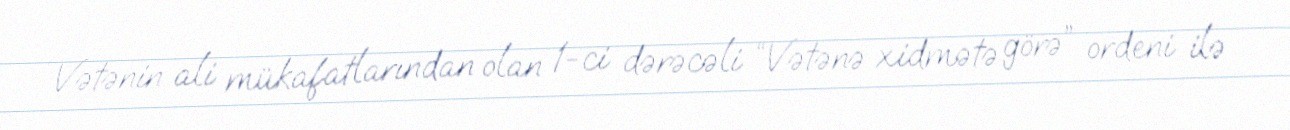
Vətənin ali mükafatlarından olan 1-ci dərəcəli “Vətənə xidmətə görə” ordeni ilə